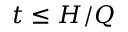
t \leq H / Q